Lunatic asylums Madras 1877-1891 - 1877-1891
Year: 1877
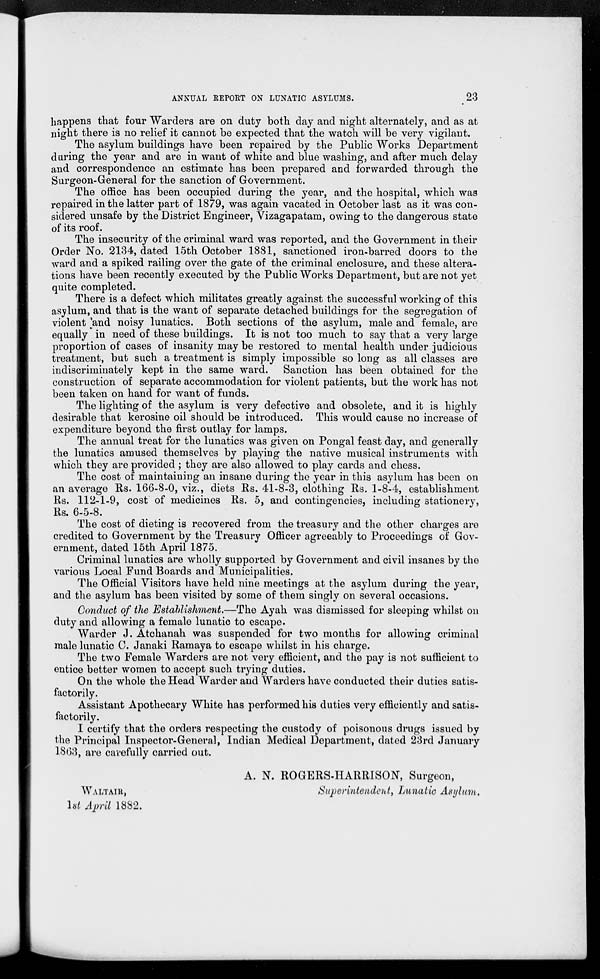
ANNUAL REPORT ON LUNATIC ASYLUMS.
23
happens that four Warders are on duty both day and night alternately, and as at
night there is no relief it cannot be expected that the watch will be very vigilant.
The asylum buildings have been repaired by the Public Works Department
during the year and are in want of white and blue washing, and after much delay
and correspondence an estimate has been prepared and forwarded through the
Surgeon-General for the sanction of Government.
The office has been occupied during the year, and the hospital, which was
repaired in the latter part of 1879, was again vacated in October last as it was con-
sidered unsafe by the District Engineer, Vizagapatam, owing to the dangerous state
of its roof.
The insecurity of the criminal ward was reported, and the Government in their
Order No. 2134, dated 15th October 1881, sanctioned iron-barred doors to the
ward and a spiked railing over the gate of the criminal enclosure, and these altera-
tions have been recently executed by the Public Works Department, but are not yet
quite completed.
There is a defect which militates greatly against the successful working of this
asylum, and that is the want of separate detached buildings for the segregation of
violent and noisy lunatics. Both sections of the asylum, male and female, are
equally in need of these buildings. It is not too much to say that a very large
proportion of cases of insanity may be restored to mental health under judicious
treatment, but such a treatment is simply impossible so long as all classes are
indiscriminately kept in the same ward. Sanction has been obtained for the
construction of separate accommodation for violent patients, but the work has not
been taken on hand for want of funds.
The lighting of the asylum is very defective and obsolete, and it is highly
desirable that kerosine oil should be introduced. This would cause no increase of
expenditure beyond the first outlay for lamps.
The annual treat for the lunatics was given on Pongal feast day, and generally
the lunatics amused themselves by playing the native musical instruments with
which they are provided ; they are also allowed to play cards and chess.
The cost of maintaining an insane during the year in this asylum has been on
an average Rs. 166-8-0, viz., diets Rs. 41-8-3, clothing Rs. 1-8-4, establishment
Rs. 112-1-9, cost of medicines Rs. 5, and contingencies, including stationery,
Rs. 6-5-8.
The cost of dieting is recovered from the treasury and the other charges are
credited to Government by the Treasury Officer agreeably to Proceedings of Gov-
ernment, dated 15th April 1875.
Criminal lunatics are wholly supported by Government and civil insanes by the
various Local Fund Boards and Municipalities.
The Official Visitors have held nine meetings at the asylum during the year,
and the asylum has been visited by some of them singly on several occasions.
Conduct of the Establishment.—The Ayah was dismissed for sleeping whilst on
duty and allowing a female lunatic to escape.
Warder J. Atchanah was suspended for two months for allowing criminal
male lunatic C. Janaki Ramaya to escape whilst in his charge.
The two Female Warders are not very efficient, and the pay is not sufficient to
entice better women to accept such trying duties.
On the whole the Head Warder and Warders have conducted their duties satis-
factorily.
Assistant Apothecary White has performed his duties very efficiently and satis-
factorily.
I certify that the orders respecting the custody of poisonous drugs issued by
the Principal Inspector-General, Indian Medical Department, dated 23rd January
1863, are carefully carried out.
A. N. ROGERS-HARRISON, Surgeon,
Superintendent, Lunatic Asylum.
WALTAIR,
1st April 1882.